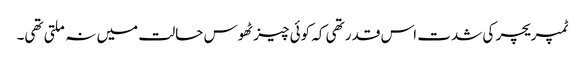
ٹمپریچر کی شدت اس قدر تھی کہ کوئی چیز ٹھوس حالت میں نہ ملتی تھی۔